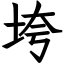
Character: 垮